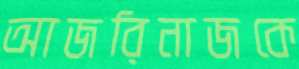
আজরিনাজকে